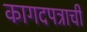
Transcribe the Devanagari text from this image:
कागदपत्राची